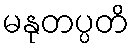
မနုတပ္ပတိ